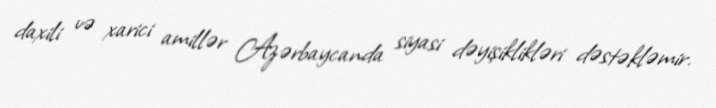
daxili və xarici amillər Azərbaycanda siyasi dəyişiklikləri dəstəkləmir.